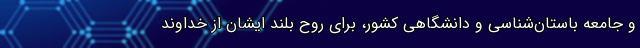
و جامعه باستان‌شناسی و دانشگاهی کشور، برای روح بلند ایشان از خداوند